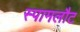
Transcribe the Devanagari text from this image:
स्पामलौट